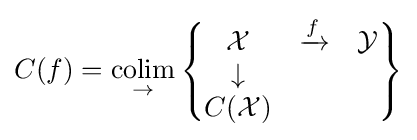
C(f)={\underset {\to }{\text{colim}}}\left\{{\begin{matrix}{\mathcal {X}}&\xrightarrow {f} &{\mathcal {Y}}\\\downarrow &&\\C({\mathcal {X}})\end{matrix}}\right\}